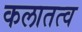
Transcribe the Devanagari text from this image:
कलातत्व